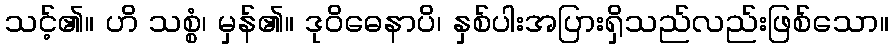
သင့်၏။ ဟိ သစ္စံ၊ မှန်၏။ ဒုဝိဓေနာပိ၊ နှစ်ပါးအပြားရှိသည်လည်းဖြစ်သော။